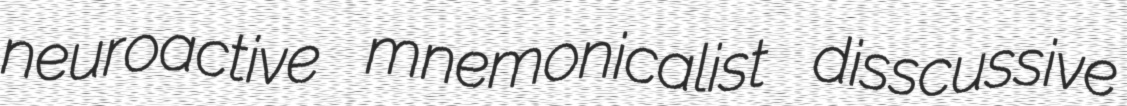
neuroactive mnemonicalist disscussive